Lunatic asylums United Provinces 1899-1908 - 1899-1908
Year: 1899
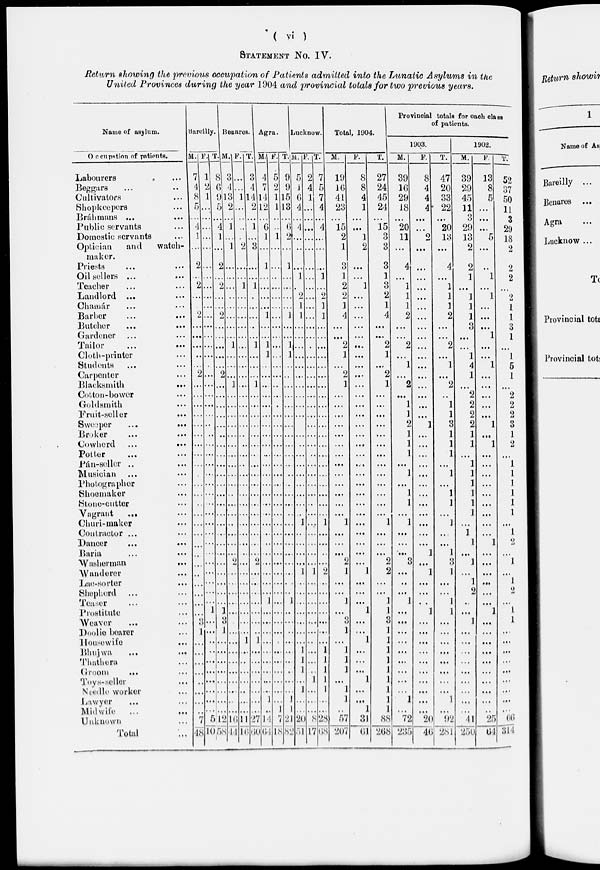
( vi )
STATEMENT NO. IV.
Return showing the previous occupation of Patients admitted into the Lunatic Asylums in the
United Provinces during the year 1904 and provincial totals for two previous years.
Name of asylum.
Occupation of patients.
Labourers ...
Beggars ... ..
Cultivators ...
Shopkeepers ...
Bráhmans ... ...
Public servants ...
Domestic Servants ...
Optician
and
watch-
maker.
Priests ... ...
Oil sellers ... ...
Teacher ... ...
Landlord ... ...
Chamár ... ...
Barber ... ...
Butcher ... ...
Gardener ... ...
Tailor ... ...
Cloth-printer ...
Students ... ...
Carpenter ...
Blacksmith
...
Cotton-bower ...
Goldsmith ...
Fruit-seller ...
Sweeper
...
...
Broker ... ...
Cowherd
...
...
Potter ... ...
Pán-seller .. ...
Musician ... ...
Photographer ...
Shoemaker ...
Stone-cutter ...
Vagrant ... ...
Churi-maker ...
Contractor ... ...
Dancer ... ...
Baria ... ...
Washerman
...
Wanderer ...
Lae-sorter ...
Shepherd ... ...
Teaser ... ...
Prostitute ...
Weaver ... ...
Doolie bearer ...
Housewife ...
Bhujwa
...
...
Thathern ...
Groom ... ...
Toys-seller ...
Ncedle worker ...
Lawyer ... ...
Mid wife
...
...
Unknown ...
Total ...
Bareilly.
M.
7
4
8
5
...
4
1
...
2
...
2
...
...
2
...
...
...
...
...
2
...
...
...
...
...
...
...
...
...
...
...
...
...
...
...
...
...
...
...
...
...
...
...
...
3
1
...
...
...
...
...
...
...
...
7
48
F.
1
2
1
...
...
...
...
...
...
...
...
...
...
...
...
...
...
...
.
...
...
...
...
...
...
...
...
...
...
...
...
...
...
...
...
...
...
...
...
...
...
...
...
1
...
...
...
...
...
...
...
...
...
...
5
10
T.
8
6
9
5
...
4
1
...
2
...
2
...
...
2
...
...
...
...
...
2
...
...
...
...
...
...
...
...
...
...
...
...
...
...
...
...
...
...
...
...
...
...
...
1
3
1
...
...
...
...
...
...
...
...
12
58
Benares.
M.
3
4
13
2
...
1
...
1
...
...
...
...
...
...
...
...
1
...
...
...
1
...
...
...
...
...
...
...
...
...
...
...
...
...
...
...
...
...
2
...
...
...
...
...
...
...
...
...
...
...
...
...
...
16
44
F.
...
...
1
...
...
..
.
2
...
...
1
...
...
...
...
...
...
...
...
...
...
...
...
...
...
...
...
...
...
...
...
...
...
...
...
...
...
...
...
...
...
...
...
...
...
...
1
...
...
...
...
...
...
...
11
16
T.
3
4
14
2
...
1
...
3
...
...
1
...
...
...
...
...
1
...
...
...
1
...
...
...
...
...
...
...
...
...
...
...
...
...
...
...
...
...
2
...
...
...
...
...
...
...
1
...
...
...
...
...
...
...
27
60
Agra.
M.
4
7
14
12
...
6
1
...
1
...
...
...
...
1
...
...
1
1
...
...
...
...
...
...
...
...
...
...
...
...
...
...
...
...
...
...
...
...
...
...
...
...
1
...
...
...
...
...
...
...
...
...
1
...
14
64
F.
5
2
1
1
...
..
1
...
...
...
...
...
...
...
...
...
...
...
...
...
...
...
...
...
...
...
...
...
...
...
...
...
...
...
...
...
...
...
...
...
...
...
...
...
...
...
...
...
...
...
...
...
...
1
7
18
T.
9
9
15
13
...
6
2
...
1
...
...
...
1
1
...
...
1
1
...
...
...
...
...
...
...
...
...
...
...
...
...
...
...
...
...
...
...
...
...
...
...
...
1
...
...
...
...
...
...
...
...
...
1
1
21
82
Lucknow.
M.
5
1
6
4
...
4
...
...
...
1
.
2
1
1
...
...
...
...
...
...
...
...
...
...
...
...
...
...
...
...
...
...
...
...
1
...
...
...
...
1
...
...
...
...
...
...
...
1
1
1
1
...
...
...
20
54
F.
2
4
1
...
...
...
...
...
...
...
...
...
...
...
...
...
.
...
...
...
...
...
...
...
...
...
...
...
...
...
...
...
...
...
...
...
...
...
...
1
...
...
...
...
...
...
...
...
...
...
1
1
...
...
8
17
T.
7
5
7
4
...
4
...
...
..
1
...
2
1
1
...
...
...
...
...
...
...
...
...
...
...
...
...
...
...
...
...
...
...
...
1
...
...
...
...
2
...
...
...
...
...
...
...
1
1
1
...
1
...
...
28
68
Total, 1904.
M.
19
16
41
23
...
15
2
1
3
1
2
2
1
4
...
...
2
1
...
2
1
...
...
...
...
...
...
...
...
...
...
...
...
...
1
...
...
...
2
1
...
...
1
...
3
1
...
1
1
1
1
...
1
...
57
207
F.
8
8
4
1
...
20
1
2
...
...
1
...
...
...
...
...
...
...
...
...
...
...
...
...
...
...
...
...
...
...
...
...
...
...
...
...
...
...
...
1
...
...
...
1
...
...
1
...
...
...
1
1
...
1
31
61
T.
27
24
45
24
...
...
3
3
...
...
3
2
1
4
...
...
2
1
...
2
1
...
...
...
...
...
...
...
...
...
...
...
...
...
1
...
...
...
2
2
...
...
1
1
3
1
1
1
1
1
...
1
1
1
88
268
Provincial totals for each class of patients.
1903.
M.
39
16
29
18
...
20
11
...
3
1
1
1
1
2
...
....
2
...
1
...
2
...
1
1
2
1
1
1
...
1
...
1
1
...
1
...
...
...
3
...
...
...
1
...
...
...
...
...
...
...
...
...
1
...
72
235
F.
8
4
4
4
...
...
2
...
4
...
...
...
1
...
...
...
...
...
...
...
...
...
...
...
1
...
...
...
...
...
...
...
...
...
...
...
...
1
...
1
...
...
...
1
...
...
...
...
...
...
...
...
...
...
20
46
T.
47
20
33
22
...
20
13
...
...
...
1
1
...
2
...
...
2
...
1
...
2
...
1
1
3
1
1
1
...
1
...
1
1
...
1
...
...
1
3
1
...
...
1
1
...
...
...
...
...
...
...
...
1
...
92
281
1902.
M.
39
29
45
11
3
29
13
2
2
1
...
1
1
1
3
...
...
1
4
1
...
2
2
2
2
1
1
...
1
1
1
1
1
1
...
1
1
...
1
...
1
2
..
...
1
...
...
...
...
...
...
...
...
...
41
250
F.
13
8
5
...
...
...
5
...
...
1
...
1
1
...
...
1
...
...
1
...
...
...
...
...
1
...
1
...
...
...
...
...
...
...
...
...
1
...
...
...
...
...
...
1
...
...
...
...
...
...
...
...
...
...
25
64
T.
52
37
50
11
3
29
18
2
2
2
...
2
1
1
3
1
...
1
5
1
...
2
2
2
3
1
2
...
1
1
1
1
1
1
...
1
2
...
1
...
1
2
...
1
1
...
...
...
...
...
...
...
...
...
66
314